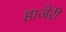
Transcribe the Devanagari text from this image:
हाजेरी